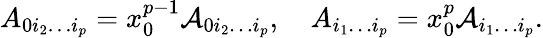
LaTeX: A_{0i_{2}\ldots i_{p}}=x_{0}^{p-1}{\cal A}_{0i_{2}\ldots i_{p}},\quad A_{i_{1}\ldots i_{p}}=x_{0}^{p}{\cal A}_{i_{1}\ldots i_{p}}.